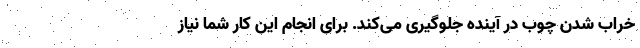
خراب شدن چوب در آینده جلوگیری می‌کند. برای انجام این کار شما نیاز